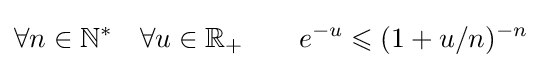
\forall n\in \mathbb {N} ^{*}\quad \forall u\in \mathbb {R} _{+}\qquad e^{-u}\leqslant (1+u/n)^{-n}